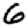
Digit: 6